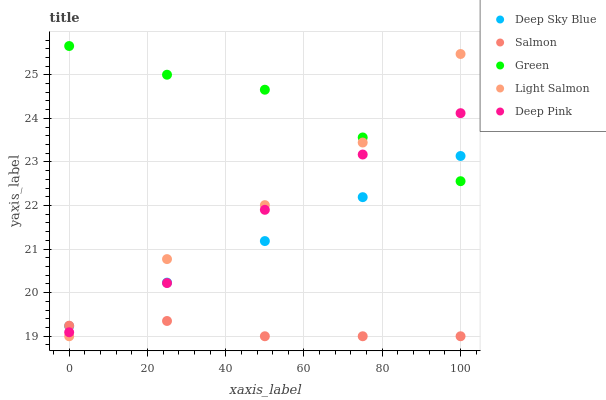
| xaxis_label | Deep Sky Blue | Salmon | Green | Light Salmon | Deep Pink |
 | --- | --- | --- | --- | --- | --- |
 | 0 | 19.2 | 19.2 | 25.7 | 19 | 19.1 |
 | 25 | 20.2 | 19.4 | 25 | 20.8 | 20.2 |
 | 50 | 21.2 | 19 | 24.7 | 22 | 21.9 |
 | 75 | 22.2 | 19 | 23.6 | 23.4 | 23.2 |
 | 100 | 23.1 | 19 | 22.6 | 25.5 | 24.1 |